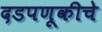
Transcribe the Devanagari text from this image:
दडपणूकीचे